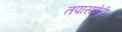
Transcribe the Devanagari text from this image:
तपासणेही